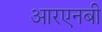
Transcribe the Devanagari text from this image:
आरएनबी